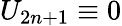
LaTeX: U_{2n+1}\equiv 0